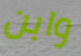
وابن